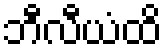
ဘီလီယံထိ